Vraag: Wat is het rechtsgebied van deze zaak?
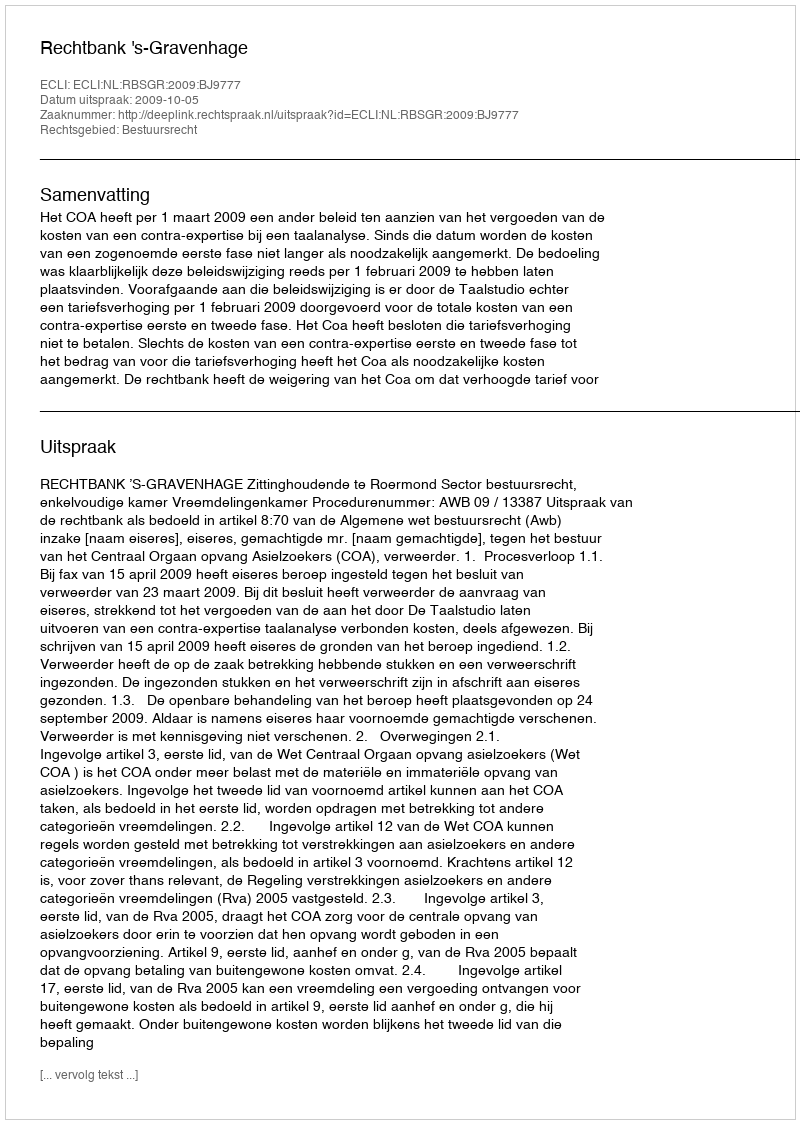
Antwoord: Bestuursrecht